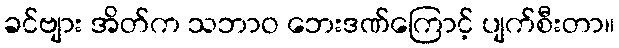
ခင်ဗျား အိတ်က သဘာဝ ဘေးဒဏ်ကြောင့် ပျက်စီးတာ။